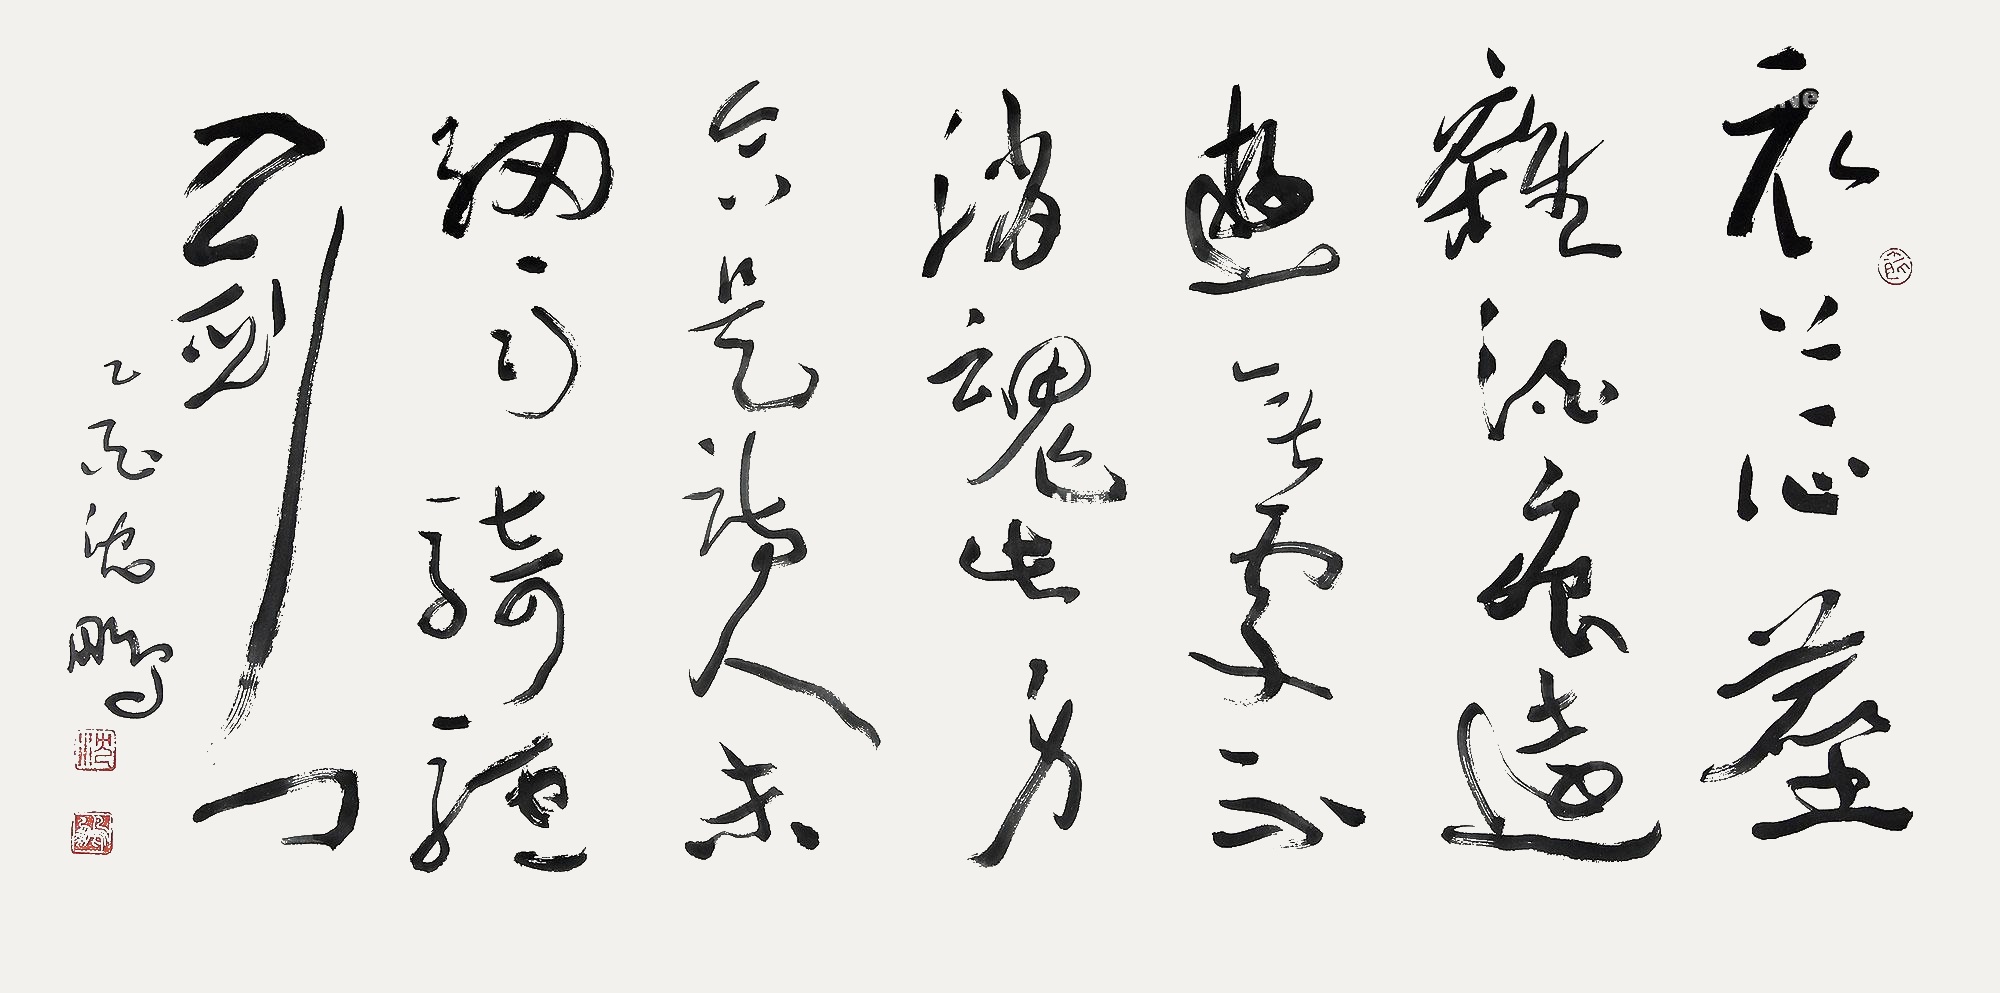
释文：衣上征尘杂酒痕，远游无处不消魂。此身合是诗人未，细雨骑驴入剑门。乙酉（2005年），沈鹏。